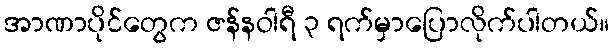
အာဏာပိုင်တွေက ဇန်နဝါရီ ၃ ရက်မှာပြောလိုက်ပါတယ်။